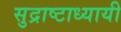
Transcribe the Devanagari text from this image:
सुद्राष्टाध्यायी